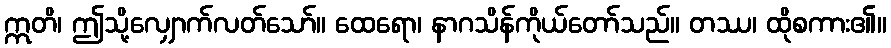
ဣတိ၊ ဤသို့လျှောက်လတ်သော်။ ထေရော၊ နာဂသိန်ကိုယ်တော်သည်။ တဿ၊ ထိုစကား၏။